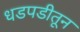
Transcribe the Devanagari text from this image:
धडपडीतून